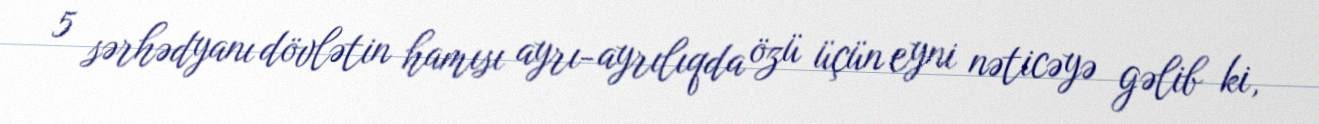
5 sərhədyanı dövlətin hamısı ayrı-ayrılıqda özü üçün eyni nəticəyə gəlib ki,